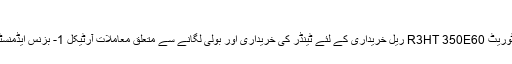
نام: TCDD انٹرپرائز جنرل [مزید ...]
ٹی سی ڈی ڈی انٹرپرائز تھری ریجن ڈائریکٹوریٹ R3HT 350E60 ریل خریداری کے لئے ٹینڈر کی خریداری اور بولی لگانے سے متعلق معاملات آرٹیکل 1- بزنس ایڈمنسٹریشن کے مالک کے بارے میں معلومات 1۔